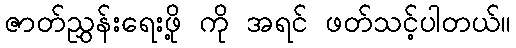
ဇာတ်ညွှန်းရေးဖို့ ကို အရင် ဖတ်သင့်ပါတယ်။